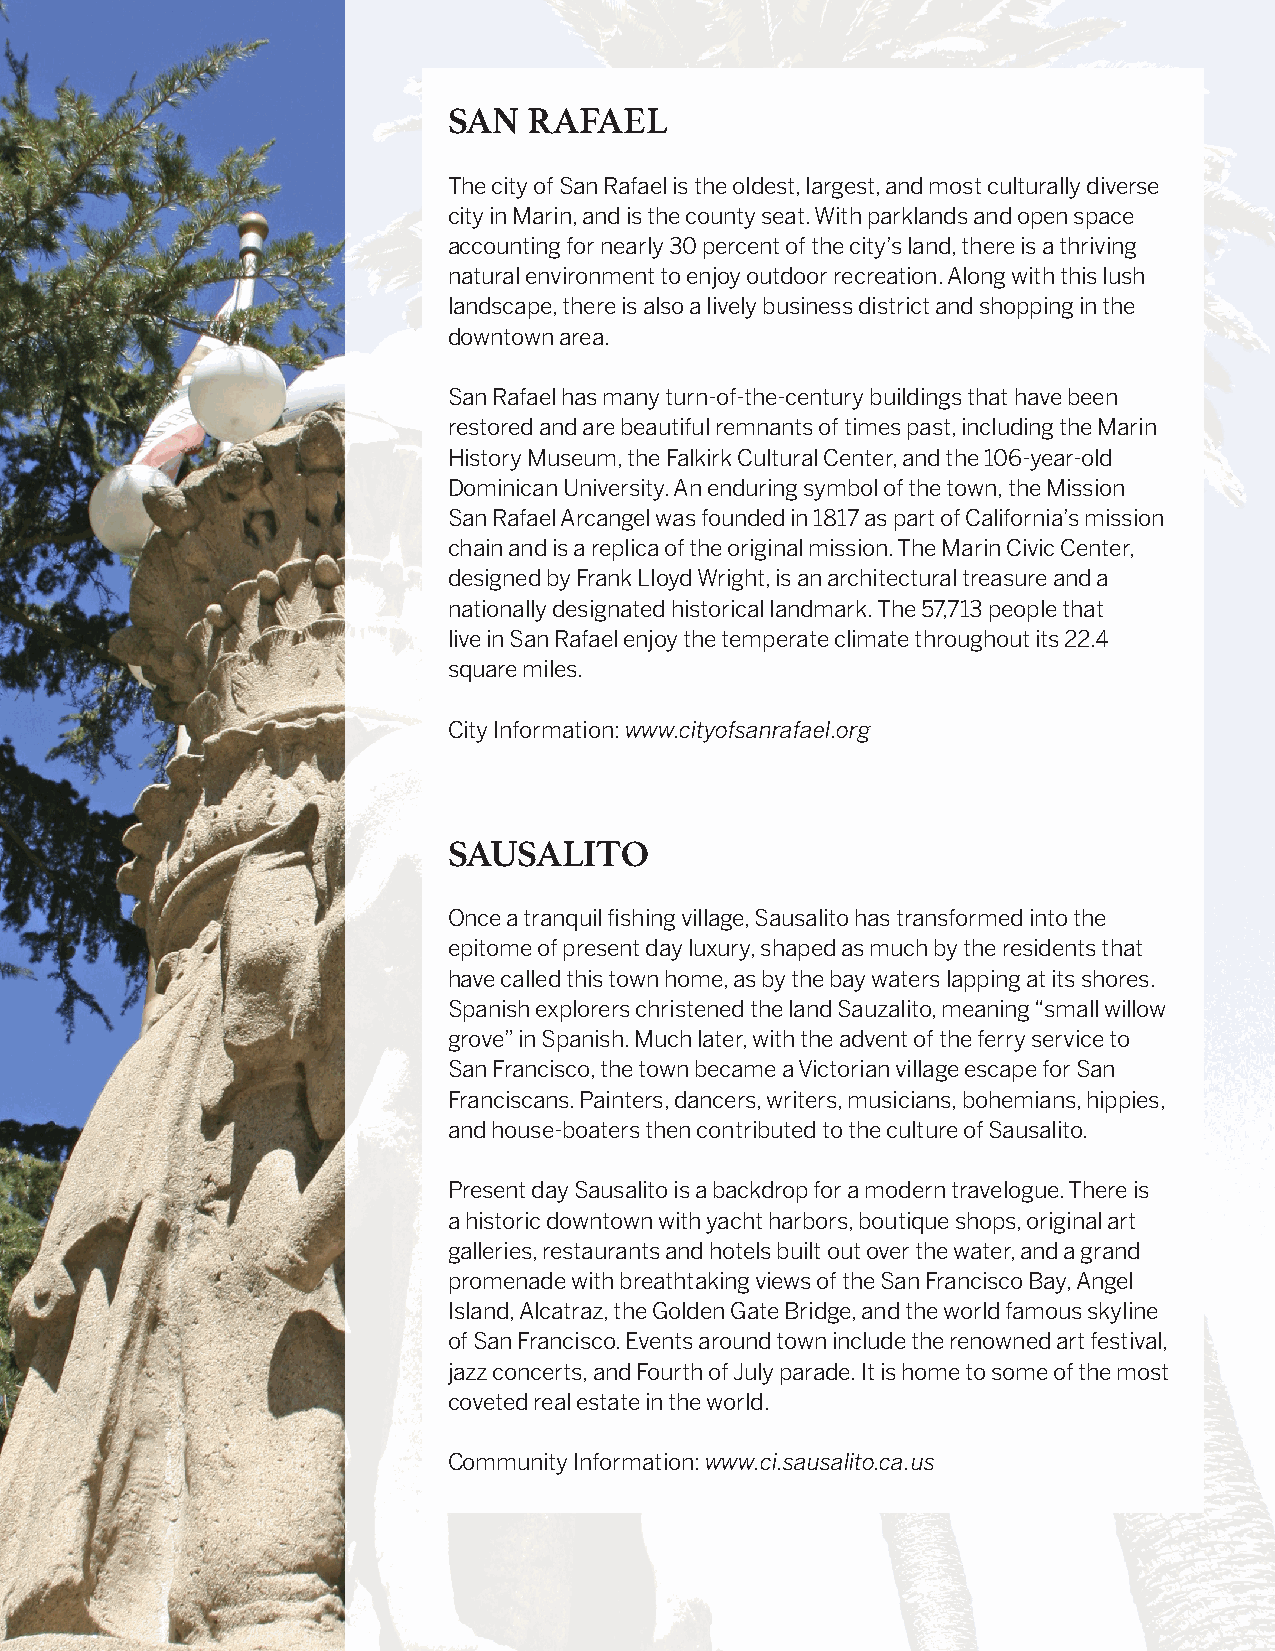
SAN  RAFAEL
 The city of San Rafael is the oldest, largest, and most culturally diverse
 city in Marin, and is the county seat. With parklands and open space
 accounting for nearly 30 percent of the city’s land, there is a thriving
 natural environment to enjoy outdoor recreation. Along with this lush
 landscape, there is also a lively business district and shopping in the
 downtown area.
 San Rafael has many turn-of-the-century buildings that have been
 restored and are beautiful remnants of times past, including the Marin
 History Museum, the Falkirk Cultural Center, and the 106-year-old
 Dominican University. An enduring symbol of the town, the Mission
 San Rafael Arcangel was founded in 1817 as part of California’s mission
 chain and is a replica of the original mission. The Marin Civic Center,
 designed by Frank Lloyd Wright, is an architectural treasure and a
 nationally designated historical landmark. The 57,713 people that
 live in San Rafael enjoy the temperate climate throughout its 22.4
 square miles.
 City Information: www.cityofsanrafael.org
 SAUSALITO
 Once a tranquil fishing village, Sausalito has transformed into the
 epitome of present day luxury, shaped as much by the residents that
 have called this town home, as by the bay waters lapping at its shores.
 Spanish explorers christened the land Sauzalito, meaning “small willow
 grove” in Spanish. Much later, with the advent of the ferry service to
 San Francisco, the town became a Victorian village escape for San
 Franciscans. Painters, dancers, writers, musicians, bohemians, hippies,
 and house-boaters then contributed to the culture of Sausalito.
 Present day Sausalito is a backdrop for a modern travelogue. There is
 a historic downtown with yacht harbors, boutique shops, original art
 galleries, restaurants and hotels built out over the water, and a grand
 promenade with breathtaking views of the San Francisco Bay, Angel
 Island, Alcatraz, the Golden Gate Bridge, and the world famous skyline
 of San Francisco. Events around town include the renowned art festival,
 jazz concerts, and Fourth of July parade. It is home to some of the most
 coveted real estate in the world.
 Community Information: www.ci.sausalito.ca.us